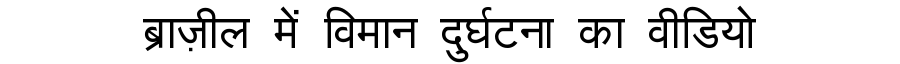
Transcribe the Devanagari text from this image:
ब्राज़ील में विमान दुर्घटना का वीडियो